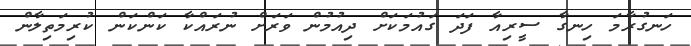
ހަނގުރާމަ ހިނގާ ސީރިއާ ފަދަ ގައުމަކަށް ދިއުމުން ވަރަށް ނުރައްކާ ކަންކަން ކުރިމަތިލާން